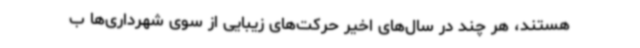
هستند، هر چند در سال‌های اخیر حرکت‌های زیبایی از سوی شهرداری‌ها ب